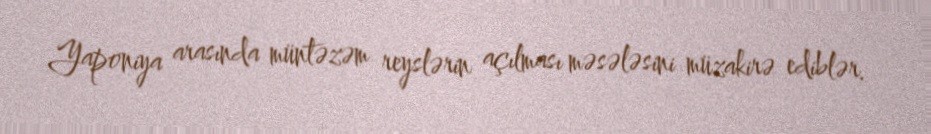
Yaponiya arasında müntəzəm reyslərin açılması məsələsini müzakirə ediblər.